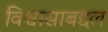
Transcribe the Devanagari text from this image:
विश्वासाबद्दल